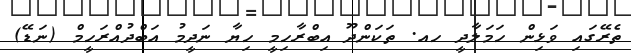
ތެރޭގައި ވަޅިން ހަމަލާދީ ހއ. ތަކަންދޫ އިބްރާހިމީ ހިޔާ ނަދީމު އަބްދުއްރަހީމް (ނަޑޭ)